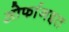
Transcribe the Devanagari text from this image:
ओर्फानइत